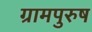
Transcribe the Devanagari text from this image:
ग्रामपुरुष